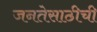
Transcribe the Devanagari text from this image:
जनतेसाठीची